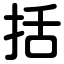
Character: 括